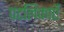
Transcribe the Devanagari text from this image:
पटलिकाएँ